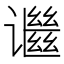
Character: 𬤬